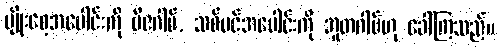
မျိုးစေ့အပေါင်းကို ဗီဇဂါမ်, သစ်ပင်အပေါင်းကို ဘူတဂါမ်ဟု ခေါ်ကြသည်။